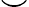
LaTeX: \smile